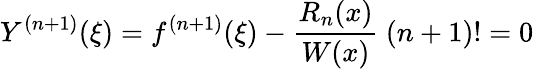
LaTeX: Y^{(n+1)}(\xi)=f^{(n+1)}(\xi)-{\frac{R_{n}(x)}{W(x)}}\ (n+1)!=0